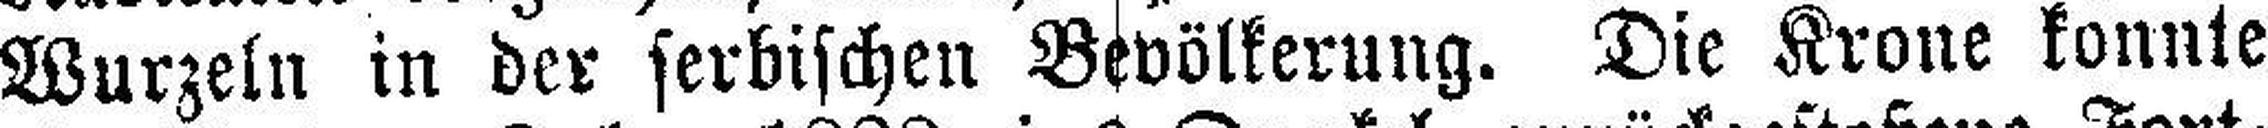
Wurzeln in der serbischen Bevölkerung. Die Krone konnte